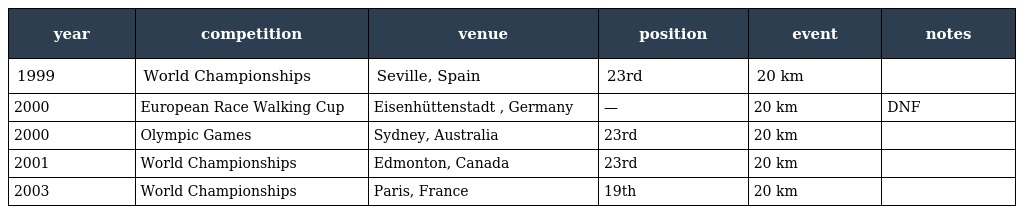
| year | competition | venue | position | event | notes |
 | --- | --- | --- | --- | --- | --- |
 | 1999 | World Championships | Seville, Spain | 23rd | 20 km |  |
 | 2000 | European Race Walking Cup | Eisenhüttenstadt , Germany | — | 20 km | DNF |
 | 2000 | Olympic Games | Sydney, Australia | 23rd | 20 km |  |
 | 2001 | World Championships | Edmonton, Canada | 23rd | 20 km |  |
 | 2003 | World Championships | Paris, France | 19th | 20 km |  |